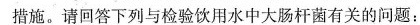
措施。请回答下列与检验饮用水中大肠杆菌有关的问题：